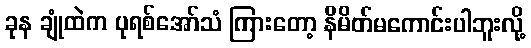
ခုန ချုံထဲက ပုရစ်အော်သံ ကြားတော့ နိမိတ်မကောင်းပါဘူးလို့